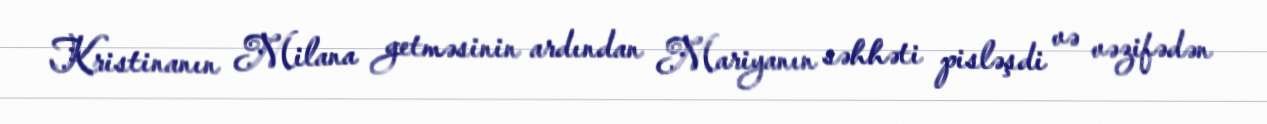
Kristinanın Milana getməsinin ardından Mariyanın səhhəti pisləşdi və vəzifədən